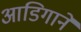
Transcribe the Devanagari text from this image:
आडिगाने